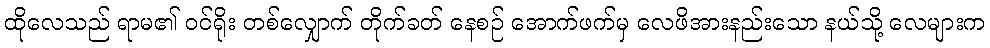
ထိုလေသည် ရာမ၏ ဝင်ရိုး တစ်လျှောက် တိုက်ခတ် နေစဉ် အောက်ဖက်မှ လေဖိအားနည်းသော နယ်သို့ လေများက